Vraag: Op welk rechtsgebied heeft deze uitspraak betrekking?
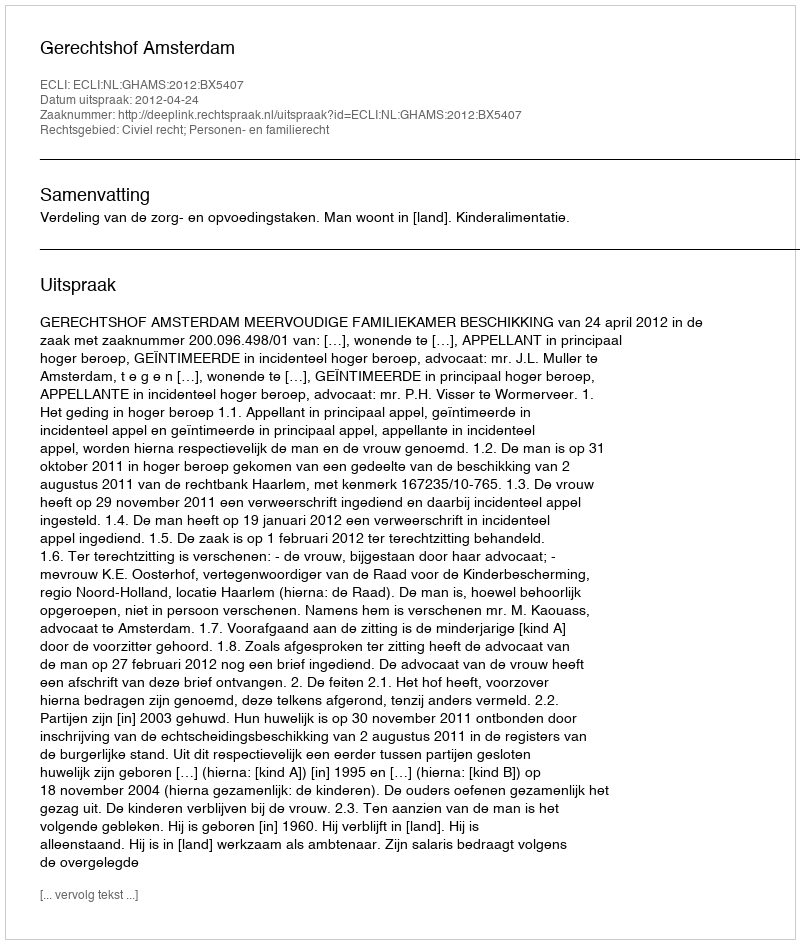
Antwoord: Civiel recht; Personen- en familierecht